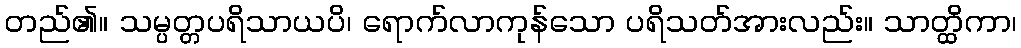
တည်၏။ သမ္ပတ္တပရိသာယပိ၊ ရောက်လာကုန်သော ပရိသတ်အားလည်း။ သာတ္ထိကာ၊